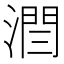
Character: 𣼐